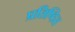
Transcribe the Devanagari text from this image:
प्रतिष्‍ठित